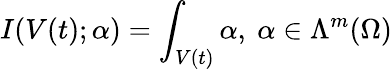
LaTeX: I(V(t);\alpha)=\int_{V(t)}\alpha,\ \alpha\in\Lambda^{m}(\Omega)